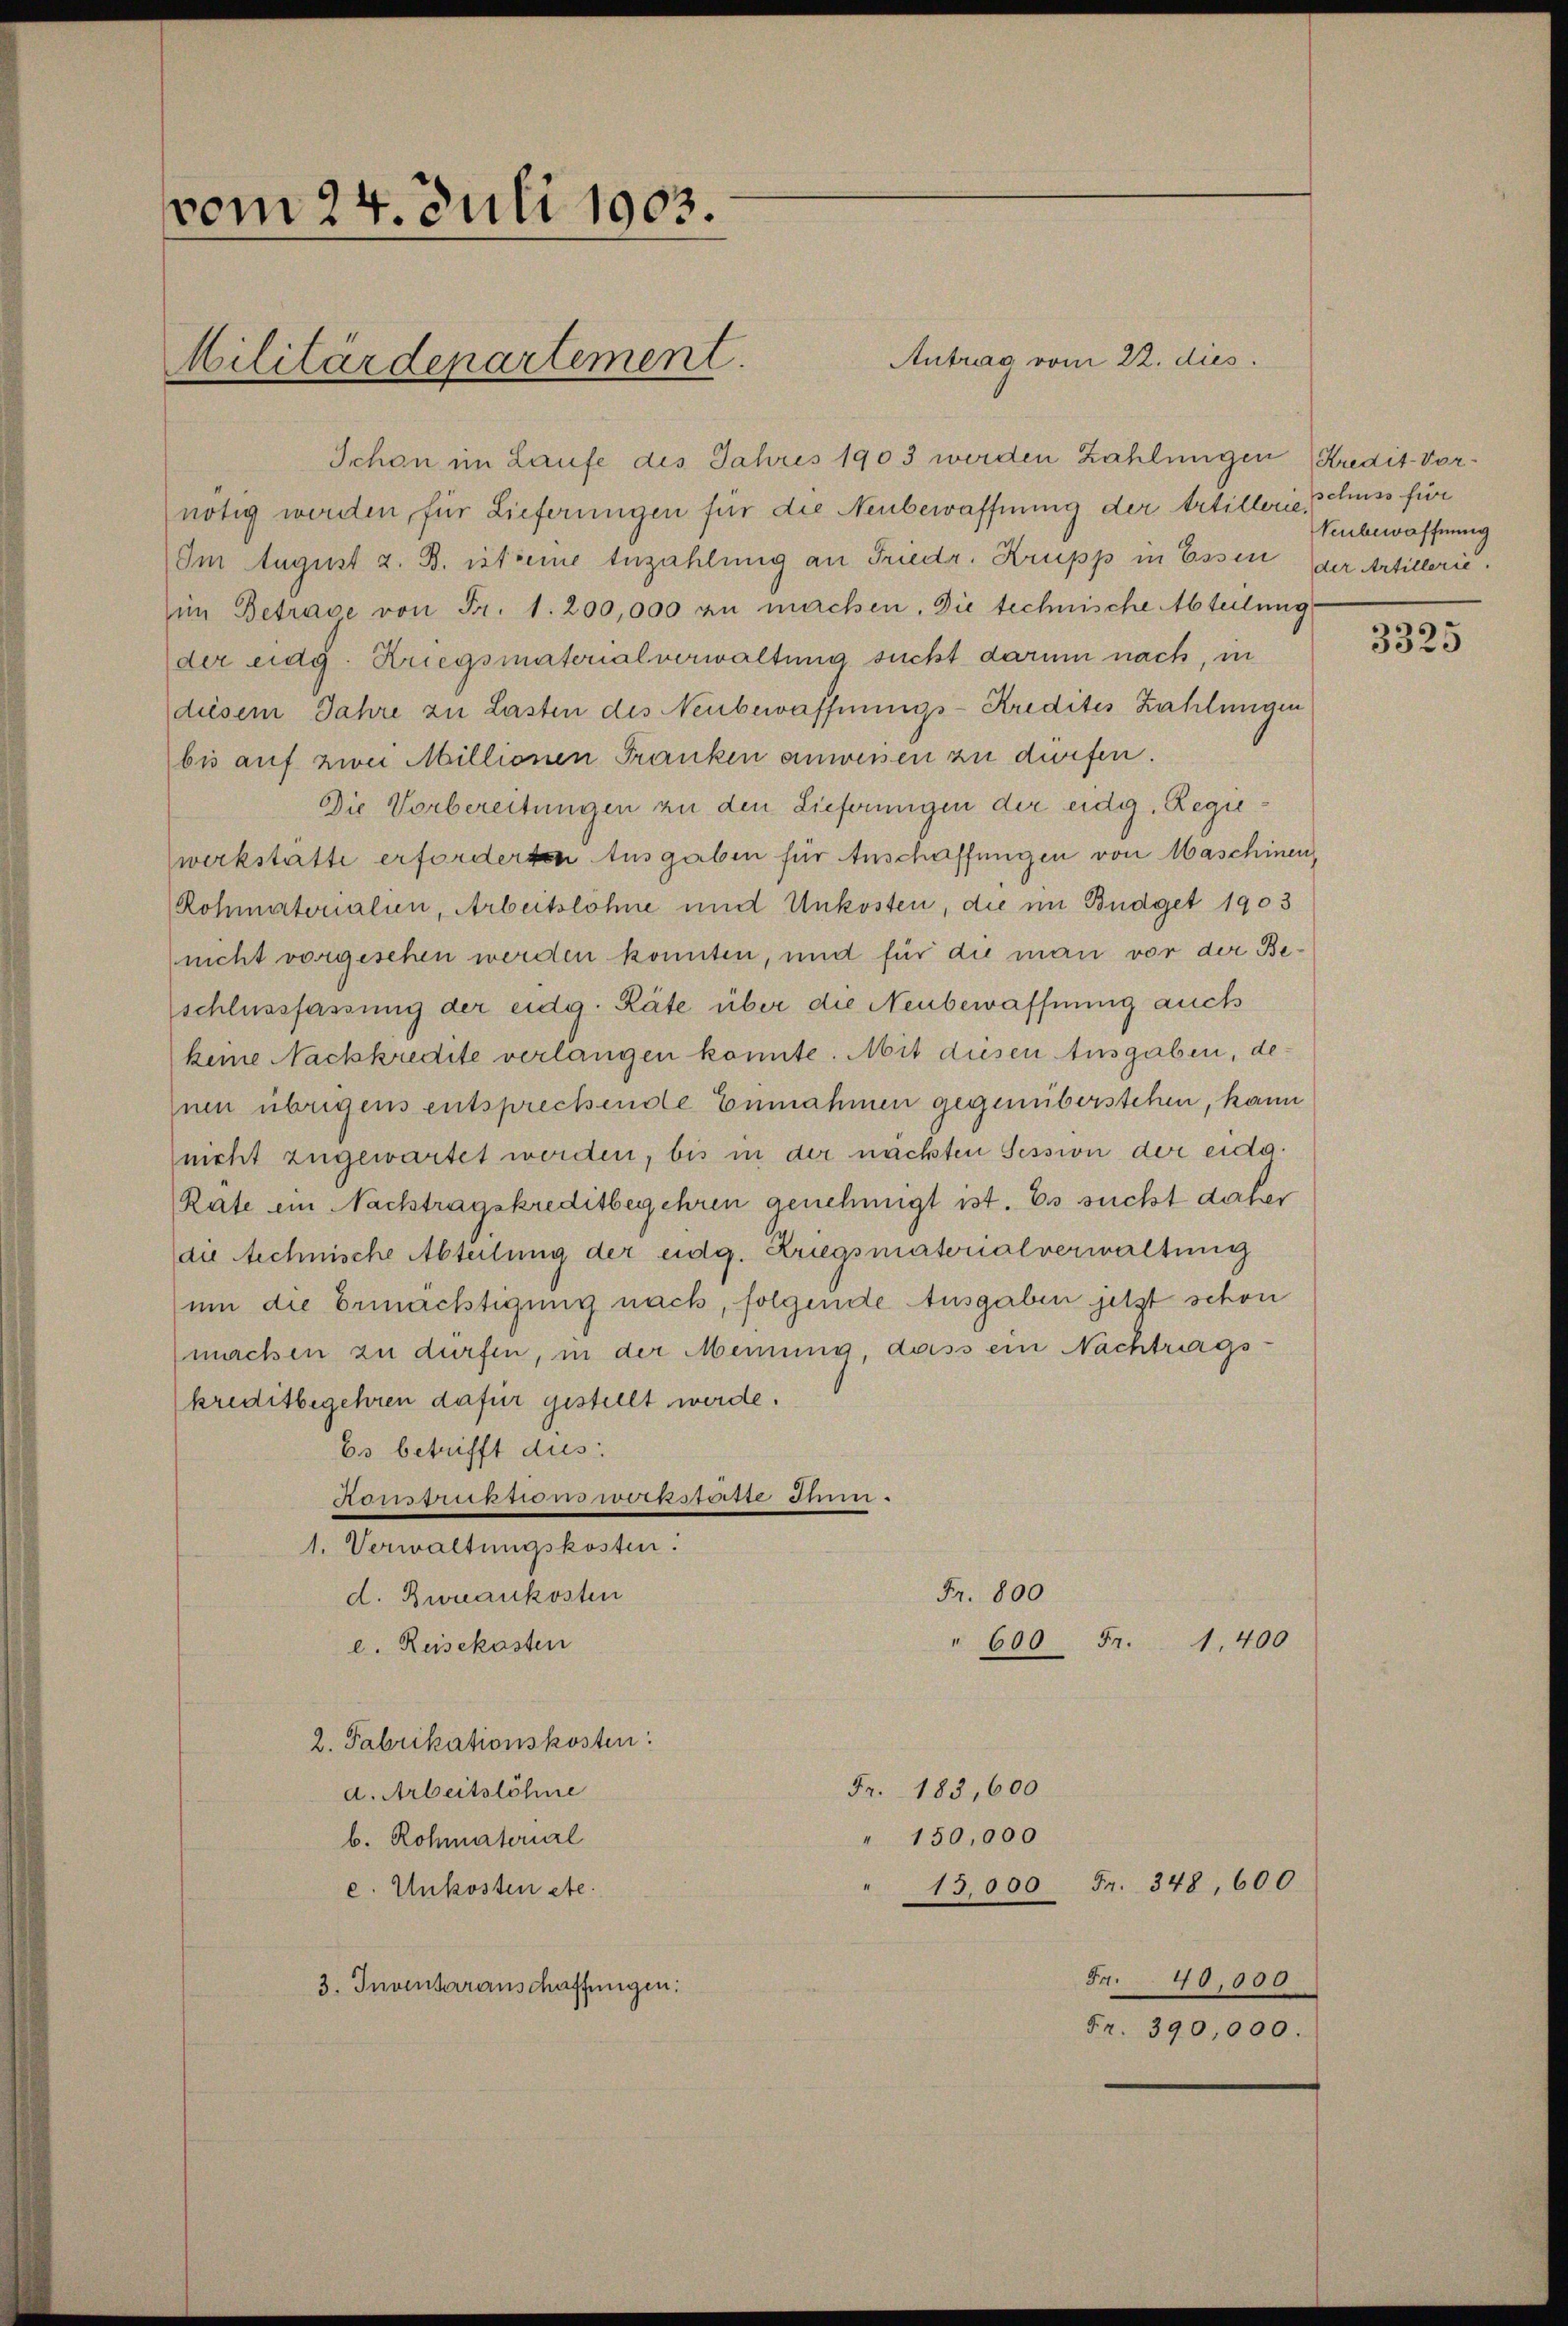
vom 24. Juli 1903.
Militärdepartement.

Antrag vom 22. dies
Schon im Laufe des Jahres 1903 werden Zahlungen Kredit- Vornötig worden, für Lieferungen für die Neubewaffnung der Artillerie schuss für
Im August z. B. ist seine Anzahlung an Friedr. Krupp in Essen (der Artillerie.
im Betrave von Fr. 1. 200,000 zu machen. Die technische Abteilung
der eidg. Kriegsmaterialverwaltung sucht darum nach, in
diesem Jahre zu Lasten des Neubewaffnungs-Kredites Zahlungen
bis auf zwei Millionen Franken anwessen zu dürfen.
Die Vorbereitungen zu den Lieferungen der eidg. Regiewerkstätte erforderten Ausgaben für Anschaffungen von Maschinen,
Rohmatorialien, Arbeitslöhne und Unkosten, die im Büdget 1903
nicht vorgesehen werden konnten, und für die man vor der Beschlussfassung der eidg. Räte über die Neubewaffnung auch
keine Nackkredite verlangen konnte. Mit diesen Ausgaben, denen übrigens entsprechende Einnahmen gegenüberstehen, kann
(nicht zugewartet werden, bis in der nächsten Session der eidg.
Räte ein Nachtragskreditbegehren genehmigt ist. Es sucht daher
die Rechnische Abteilung der eidg. Kriegsmatorialverwaltung
(um die Ermächtigung nach, folgende Ausgaben jetzt schon
machen zu dürfen, in der Meinung, dass ein Nachtrags-
kreditbegehren dafür gestellt werde.
Es betrifft dus:
Ruruus von Wernpuse dum
1. Verwaltungskosten.
Fr. 800
d. Biankosten
600 Fr. 1,400
e. Reisekasten
2. Fabrikationskosten:
Fr. 183,600
d. Arbeitslöhne
" 150,000
b. Rohmaterial
15,000 Fr. 348, 600
e. Unkosten etc.
Fr. 40,000
3. Inventaranschaffungen.
Fr. 390,000.

Veubewaffnung

3325